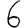
Digit: 6